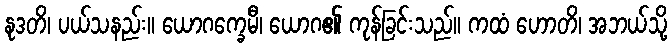
နုဒတိ၊ ပယ်သနည်း။ ယောဂက္ခေမီ၊ ယောဂ၏ ကုန်ခြင်းသည်။ ကထံ ဟောတိ၊ အဘယ်သို့